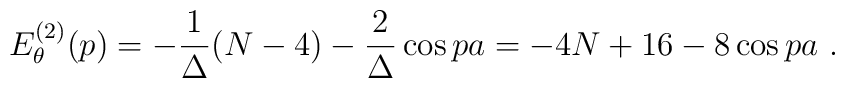
E_{\theta}^{(2)}(p)=-\frac{1}{\Delta}(N-4)-\frac{2}{\Delta}\cos pa=-4N+16-8\cos pa\ .